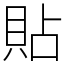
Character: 貼